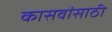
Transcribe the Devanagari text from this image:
कासवांसाठी